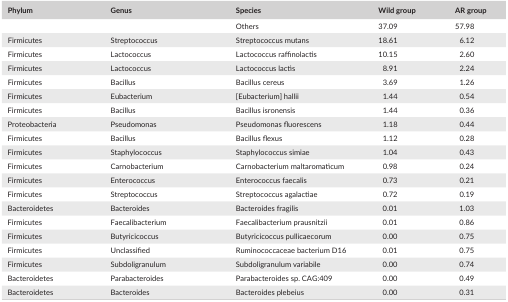
<table><thead><tr><td><b>Phylum</b></td><td><b>Genus</b></td><td><b>Species</b></td><td><b>Wild group</b></td><td><b>AR group</b></td></tr></thead><tbody><tr><td></td><td></td><td>Others</td><td>37.09</td><td>57.98</td></tr><tr><td>Firmicutes</td><td>Streptococcus</td><td>Streptococcus mutans</td><td>18.61</td><td>6.12</td></tr><tr><td>Firmicutes</td><td>Lactococcus</td><td>Lactococcus raffinolactis</td><td>10.15</td><td>2.60</td></tr><tr><td>Firmicutes</td><td>Lactococcus</td><td>Lactococcus lactis</td><td>8.91</td><td>2.24</td></tr><tr><td>Firmicutes</td><td>Bacillus</td><td>Bacillus cereus</td><td>3.69</td><td>1.26</td></tr><tr><td>Firmicutes</td><td>Eubacterium</td><td>[Eubacterium] hallii</td><td>1.44</td><td>0.54</td></tr><tr><td>Firmicutes</td><td>Bacillus</td><td>Bacillus isronensis</td><td>1.44</td><td>0.36</td></tr><tr><td>Proteobacteria</td><td>Pseudomonas</td><td>Pseudomonas fluorescens</td><td>1.18</td><td>0.44</td></tr><tr><td>Firmicutes</td><td>Bacillus</td><td>Bacillus flexus</td><td>1.12</td><td>0.28</td></tr><tr><td>Firmicutes</td><td>Staphylococcus</td><td>Staphylococcus simiae</td><td>1.04</td><td>0.43</td></tr><tr><td>Firmicutes</td><td>Carnobacterium</td><td>Carnobacterium maltaromaticum</td><td>0.98</td><td>0.24</td></tr><tr><td>Firmicutes</td><td>Enterococcus</td><td>Enterococcus faecalis</td><td>0.73</td><td>0.21</td></tr><tr><td>Firmicutes</td><td>Streptococcus</td><td>Streptococcus agalactiae</td><td>0.72</td><td>0.19</td></tr><tr><td>Bacteroidetes</td><td>Bacteroides</td><td>Bacteroides fragilis</td><td>0.01</td><td>1.03</td></tr><tr><td>Firmicutes</td><td>Faecalibacterium</td><td>Faecalibacterium prausnitzii</td><td>0.01</td><td>0.86</td></tr><tr><td>Firmicutes</td><td>Butyricicoccus</td><td>Butyricicoccus pullicaecorum</td><td>0.00</td><td>0.75</td></tr><tr><td>Firmicutes</td><td>Unclassified</td><td>Ruminococcaceae bacterium D16</td><td>0.01</td><td>0.75</td></tr><tr><td>Firmicutes</td><td>Subdoligranulum</td><td>Subdoligranulum variabile</td><td>0.00</td><td>0.74</td></tr><tr><td>Bacteroidetes</td><td>Parabacteroides</td><td>Parabacteroides sp. CAG:409</td><td>0.00</td><td>0.49</td></tr><tr><td>Bacteroidetes</td><td>Bacteroides</td><td>Bacteroides plebeius</td><td>0.00</td><td>0.31</td></tr></tbody></table>